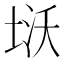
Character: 𭎨